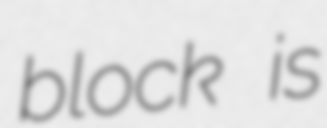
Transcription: block is